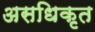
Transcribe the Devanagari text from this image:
असधिकृत